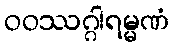
ဝဝဿဂ္ဂါရမ္မဏံ